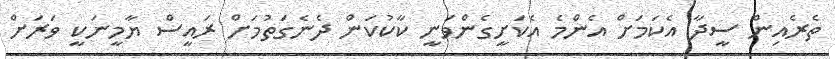
ތެރެއިން ސީދާ އެކަމަށް އެންމެ އެކަށީގެންވަނީ ކާކުކަން ދެނެގަތުމަށް ރައީސް ޔާމީނަކީ ވަރަށް